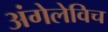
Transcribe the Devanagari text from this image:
अंगेलेविच